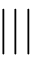
\bigstar \bigstar | | | \bigstar